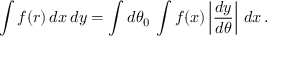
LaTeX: \int f ( r ) \, d x \, d y = \int d \theta _ { 0 } \, \int f ( x ) \left| { \frac { d y } { d \theta } } \right| \, d x \, .